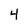
Character: 4